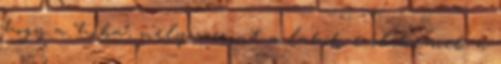
hogy a “hiba”, mely szerint a lakók emlékeznek a